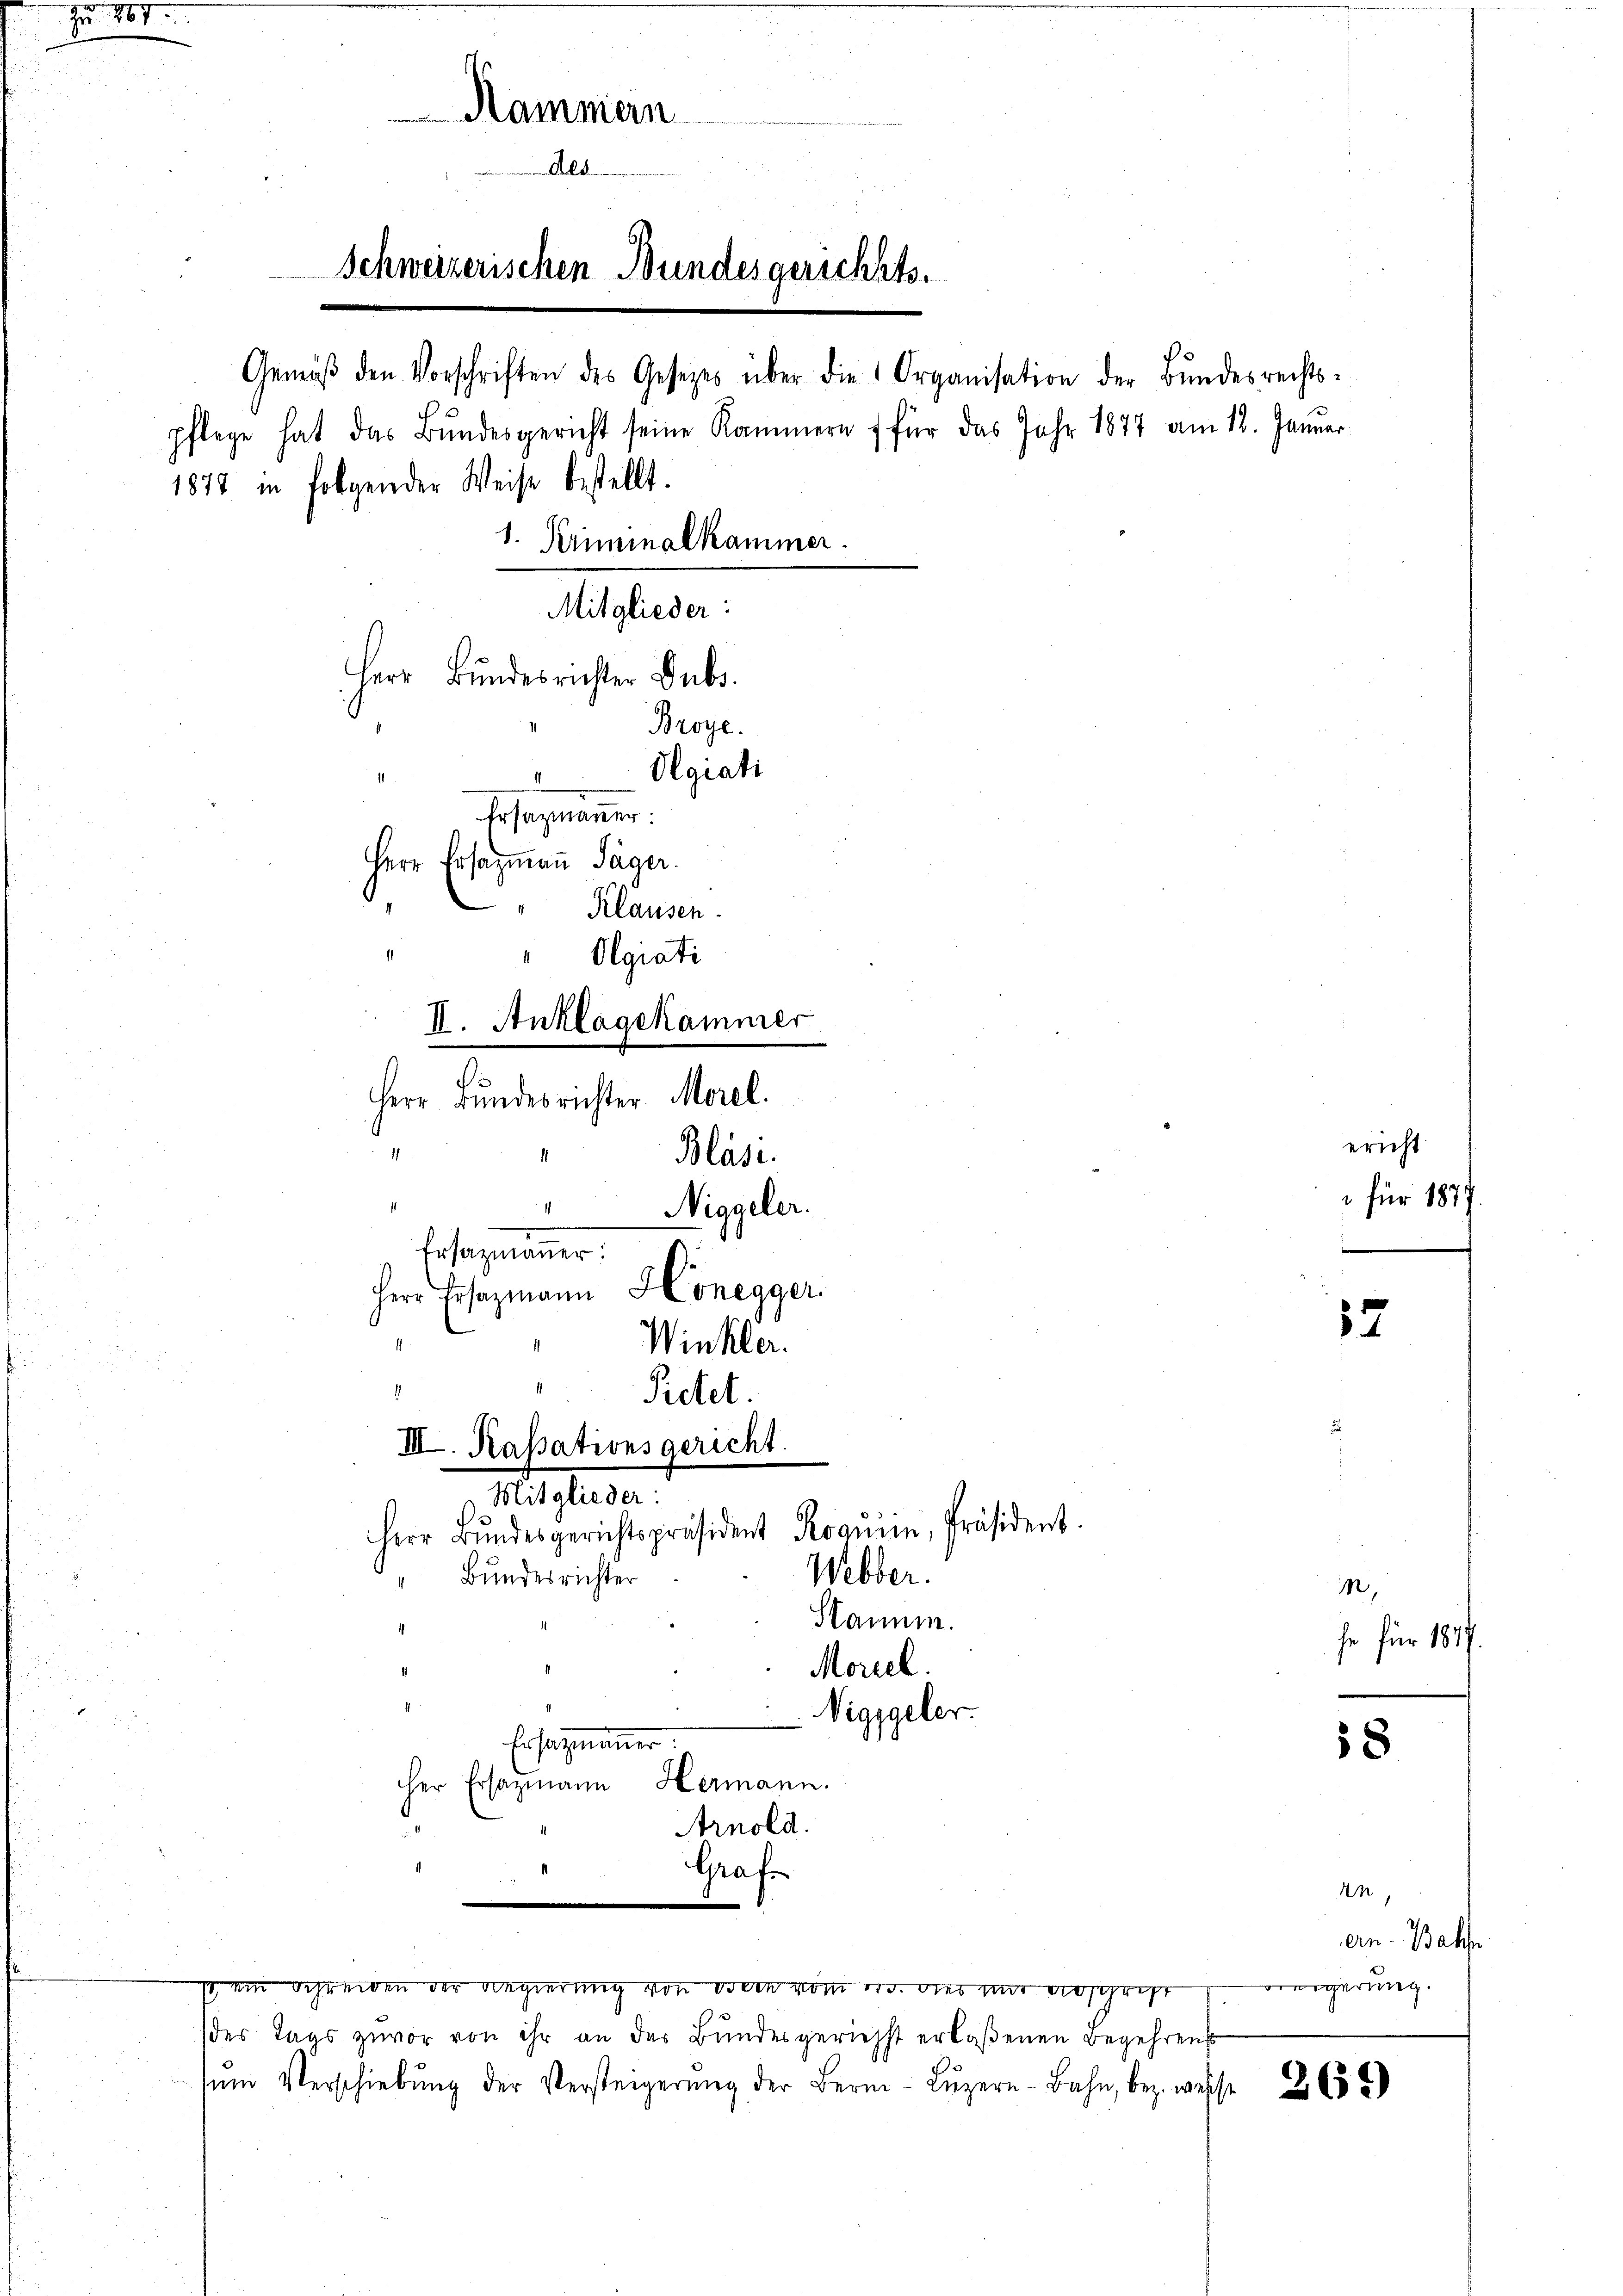
Schweizerischen Bundesgerichts.

11

Kammern
Ald

Gemäβ den Vorschriften des Gesetzes über die 1 Organisation der Bŭndesrechts-
1878 in folgender Weise bestellt.
Mitglieder:
Herr Bundesrichter Subs
Broye.
Olgiati
1
Ersatzmänner.
Herr Ersazmaṅ Säger.
Klausen.
i
Olgiati
II. Anklagekammer
Herr Bundesrichter Morel.
.
Bläse
Niggeler.
Ersatzmauer.
Herr Ersatzmann Honegger.
Winkler.
1
Pietet.
III. Kassationsgericht.
Mitglieder:
Herr Bŭndesgerichtspräsident Roguin, Präsident.
Webber.
" Bundesrichter
Stamm.
Morzel.
Niggeler.
Ersatzmanner.
her Ersazmann Hermann.
Arnold.
Grafe

pflege hat das Bundesgericht seine Kammern für das Jahr 1877 am 12. Januar
1. Kriminalkammer.

(des Tags zuvor von ihr an das Bundesgerichst erlaßenen Begehrens
ŭm Verschiebŭng der Versteigerŭng der Bern Lŭzern Bahn, bez. wisse 265

so ein Schreiben der Regierung von den vom er dies mir ausgeht

17

8

ericht
 für 1877.

M,
he für 1817.
e

An
an. Bahn
Freigerung.